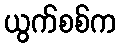
ယွက်စစ်က